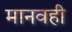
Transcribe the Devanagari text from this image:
मानवही